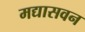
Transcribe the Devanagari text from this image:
मद्यासवन